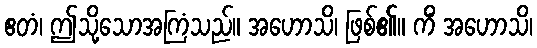
ဧတံ၊ ဤသို့သောအကြံသည်။ အဟောသိ၊ ဖြစ်၏။ ကိံ အဟောသိ၊